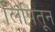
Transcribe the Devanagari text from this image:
लिपितून